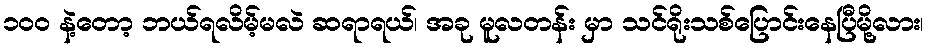
၁၀၀ နဲ့တော့ ဘယ်ရလိမ့်မလဲ ဆရာရယ်၊ အခု မူလတန်း မှာ သင်ရိုးသစ်ပြောင်းနေပြီမို့လား၊